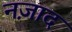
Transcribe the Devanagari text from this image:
नज़ाद